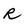
Character: R